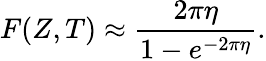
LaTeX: F(Z,T)\approx{\frac{2\pi\eta}{1-e^{-2\pi\eta}}}.